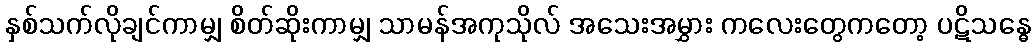
နှစ်သက်လိုချင်ကာမျှ စိတ်ဆိုးကာမျှ သာမန်အကုသိုလ် အသေးအမွှား ကလေးတွေကတော့ ပဋိသန္ဓေ